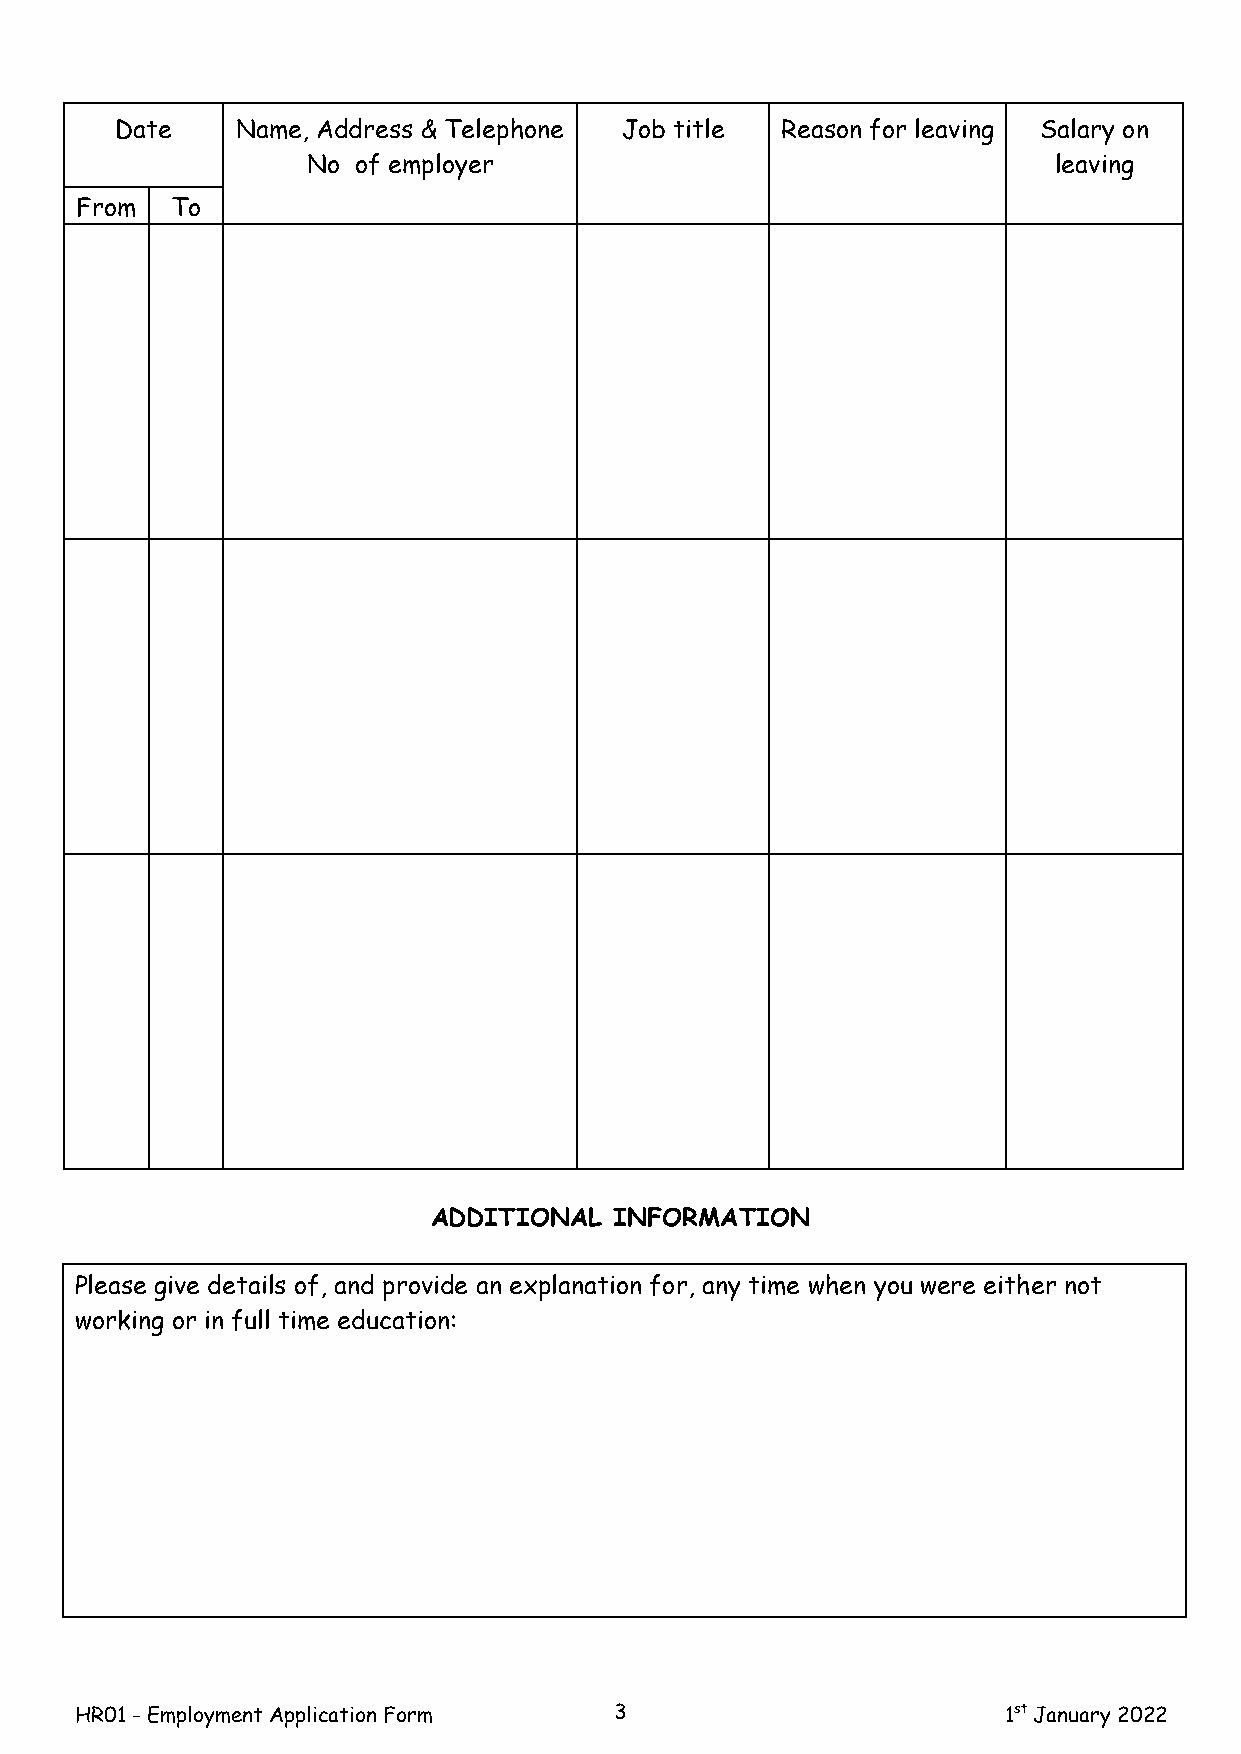
Date    Name, Address & Telephone Job title Reason for leaving Salary on
 No of employer                                    leaving
 From  To
 ADDITIONAL  INFORMATION
 Please give details of, and provide an explanation for, any time when you were either not
 working or in full time education:
 HR01 - Employment Application Form  3                         1st January 2022